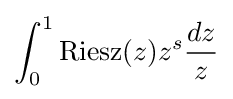
\int _{0}^{1}{\rm {Riesz}}(z)z^{s}{\frac {dz}{z}}